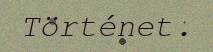
Történet.